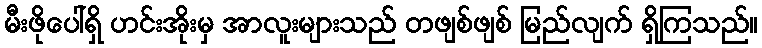
မီးဖိုပေါ်ရှိ ဟင်းအိုးမှ အာလူးများသည် တဖျစ်ဖျစ် မြည်လျက် ရှိကြသည်။